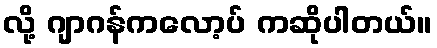
လို့ ဂျာဂန်ကလော့ပ် ကဆိုပါတယ်။